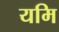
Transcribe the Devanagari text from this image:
यमि